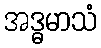
အဒ္ဓမာသံ